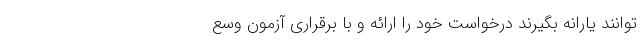
توانند یارانه بگیرند درخواست خود را ارائه و با برقراری آزمون وسع